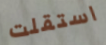
استقلت